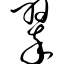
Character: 翠